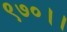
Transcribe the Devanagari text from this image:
९७०।।